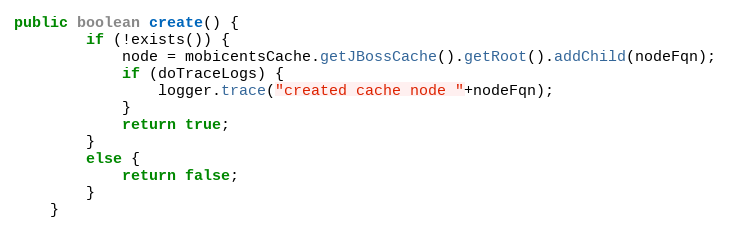
Language: Java
public boolean create() {
		if (!exists()) {
			node = mobicentsCache.getJBossCache().getRoot().addChild(nodeFqn);
			if (doTraceLogs) {
				logger.trace("created cache node "+nodeFqn);
			}
			return true;
		}
		else {
			return false;
		}
	}